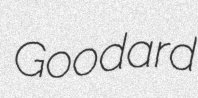
Goodard